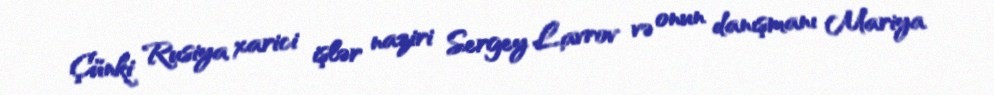
Çünki Rusiya xarici işlər naziri Sergey Lavrov və onun danışmanı Mariya